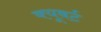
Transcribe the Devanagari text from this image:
क्यूबर्ट